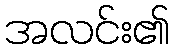
အလင်း၏